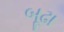
બૂઢા